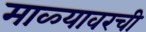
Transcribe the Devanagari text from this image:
माळ्यावरची